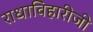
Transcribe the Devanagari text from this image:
राधाविहारीजी